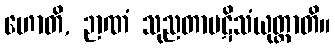
ဟောတိ, ဉာဏံ သုညတာပဋိသံယုတ္တာတိ။